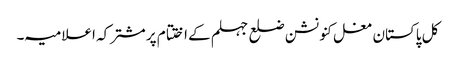
کل پاکستان مغل کنونشن ضلع جہلم کے اختتام پر مشترکہ اعلامیہ ۔